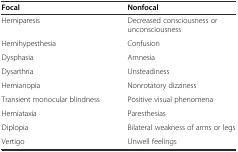
<table><thead><tr><td><b>Focal</b></td><td><b>Nonfocal</b></td></tr></thead><tbody><tr><td>Hemiparesis</td><td>Decreased consciousness or unconsciousness</td></tr><tr><td>Hemihypesthesia</td><td>Confusion</td></tr><tr><td>Dysphasia</td><td>Amnesia</td></tr><tr><td>Dysarthria</td><td>Unsteadiness</td></tr><tr><td>Hemianopia</td><td>Nonrotatory dizziness</td></tr><tr><td>Transient monocular blindness</td><td>Positive visual phenomena</td></tr><tr><td>Hemiataxia</td><td>Paresthesias</td></tr><tr><td>Diplopia</td><td>Bilateral weakness of arms or legs</td></tr><tr><td>Vertigo</td><td>Unwell feelings</td></tr></tbody></table>